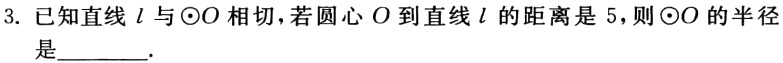
3. 已知直线\(l\)与\(\odot O\)相切，若圆心\(O\)到直线\(l\)的距离是\(5\)，则\(\odot O\)的半径是________.